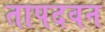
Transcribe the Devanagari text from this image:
तापदवन